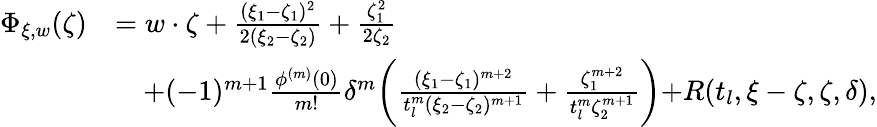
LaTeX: \begin{array}{rl}{\Phi_{\xi,w}(\zeta)}&{=w\cdot\zeta+\frac{(\xi_{1}-\zeta_{1})^{2}}{2(\xi_{2}-\zeta_{2})}+\frac{\zeta_{1}^{2}}{2\zeta_{2}}}\\ &{\quad+(-1)^{m+1}\frac{{\phi}^{(m)}(0)}{m!}\delta^{m}\biggl(\frac{(\xi_{1}-\zeta_{1})^{m+2}}{t_{l}^{m}(\xi_{2}-\zeta_{2})^{m+1}}+\frac{\zeta_{1}^{m+2}}{t_{l}^{m}\zeta_{2}^{m+1}}\biggl)+R(t_{l},\xi-\zeta,\zeta,\delta),}\end{array}